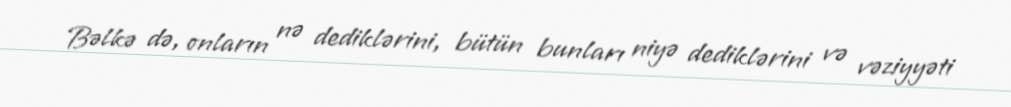
Bəlkə də, onların nə dediklərini, bütün bunları niyə dediklərini və vəziyyəti